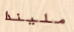
مليندا